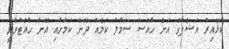
ކުޅޭއިރު އަޝްފާގް އަށް ހާއްސަ ސަމާލު ކަމެއް ދޭނެ ކަމަށާއި އޭނާ ހުއްޓުވާނީ